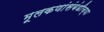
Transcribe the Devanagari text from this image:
मूलकणांसंबंधीच्या